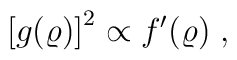
\left[ g(\varrho) \right]^{2} \propto f^{\prime} (\varrho)\; ,